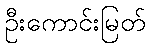
ဦးကောင်းမြတ်